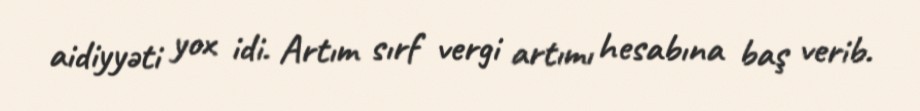
aidiyyəti yox idi. Artım sırf vergi artımı hesabına baş verib.